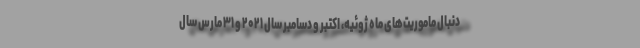
دنبال ماموریت‌های ماه ژوئیه، اکتبر و دسامبر سال ۲۰۲۱ و ۳۱ مارس سال